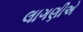
લાગણીએ